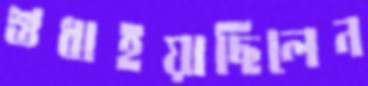
শুধাইয়াছিলেন